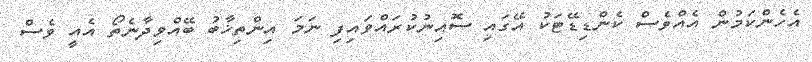
އެހެންކަމުން އެއްވެސް ކެންޑިޑޭޓަކު އޭގައި ސޮއިނުކުރައްވައިފި ނަމަ އިންތިޚާބު ބޭއްވިދާނެތޯ އެއީ ވެސް